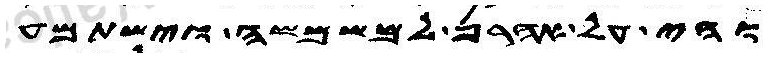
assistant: והי על אהרן למשמשה וישתמע